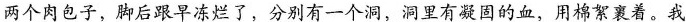
两个肉包子，脚后跟早冻烂了，分别有一个洞，洞里有凝固的血，用棉絮裹着。我